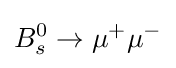
B_{s}^{0}\rightarrow \mu ^{+}\mu ^{-}